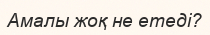
Амалы жоқ не етеді?